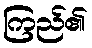
ကြည်၏